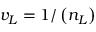
v _ { L } = 1 / \left( n _ { L } \right)